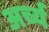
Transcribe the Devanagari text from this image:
अर्च्य